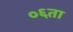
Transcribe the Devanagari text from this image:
०६ता